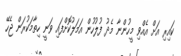
ކައިރި އަށް އެއްވި މީހުންނާ މެދު ފުލުހުން އަމަލުކޮށްފައި ވަނީ ހިތާމަކުރަން ޖެހޭ